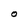
Character: O